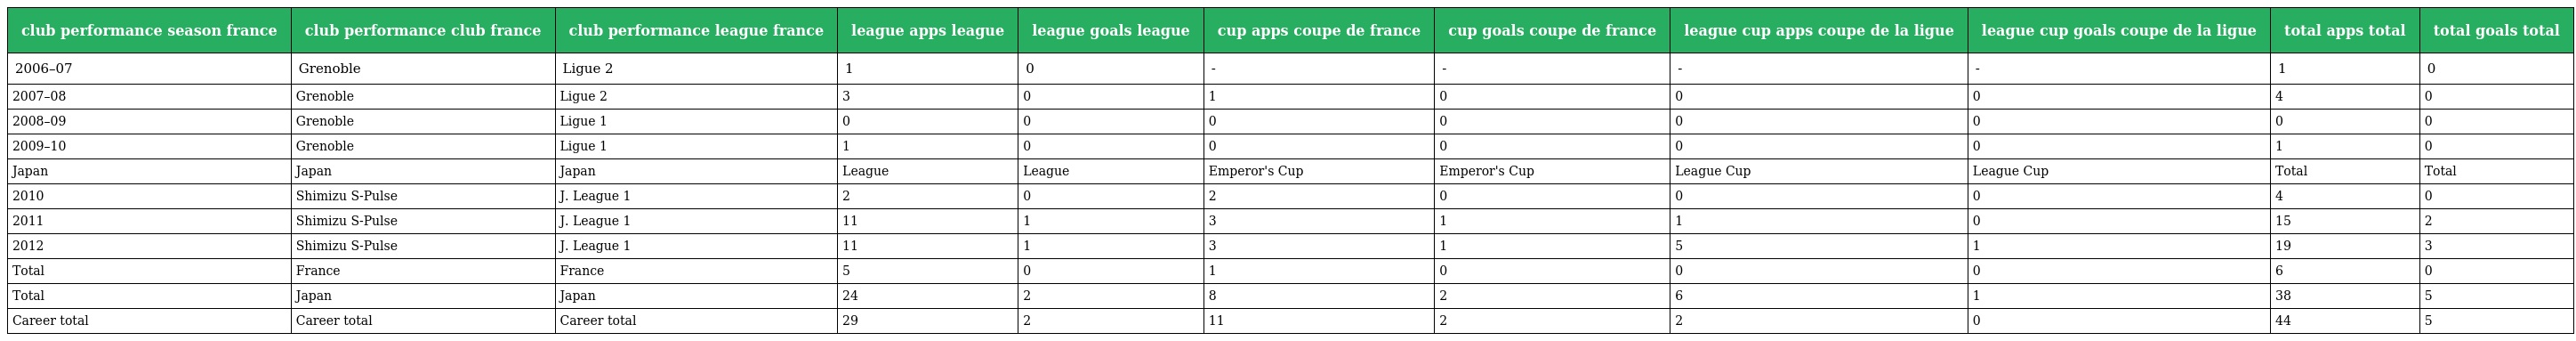
| club performance season france | club performance club france | club performance league france | league apps league | league goals league | cup apps coupe de france | cup goals coupe de france | league cup apps coupe de la ligue | league cup goals coupe de la ligue | total apps total | total goals total |
 | --- | --- | --- | --- | --- | --- | --- | --- | --- | --- | --- |
 | 2006–07 | Grenoble | Ligue 2 | 1 | 0 | - | - | - | - | 1 | 0 |
 | 2007–08 | Grenoble | Ligue 2 | 3 | 0 | 1 | 0 | 0 | 0 | 4 | 0 |
 | 2008–09 | Grenoble | Ligue 1 | 0 | 0 | 0 | 0 | 0 | 0 | 0 | 0 |
 | 2009–10 | Grenoble | Ligue 1 | 1 | 0 | 0 | 0 | 0 | 0 | 1 | 0 |
 | Japan | Japan | Japan | League | League | Emperor's Cup | Emperor's Cup | League Cup | League Cup | Total | Total |
 | 2010 | Shimizu S-Pulse | J. League 1 | 2 | 0 | 2 | 0 | 0 | 0 | 4 | 0 |
 | 2011 | Shimizu S-Pulse | J. League 1 | 11 | 1 | 3 | 1 | 1 | 0 | 15 | 2 |
 | 2012 | Shimizu S-Pulse | J. League 1 | 11 | 1 | 3 | 1 | 5 | 1 | 19 | 3 |
 | Total | France | France | 5 | 0 | 1 | 0 | 0 | 0 | 6 | 0 |
 | Total | Japan | Japan | 24 | 2 | 8 | 2 | 6 | 1 | 38 | 5 |
 | Career total | Career total | Career total | 29 | 2 | 11 | 2 | 2 | 0 | 44 | 5 |